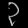
Digit: ၃